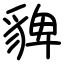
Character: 貏